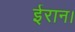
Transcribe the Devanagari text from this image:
ईरान।